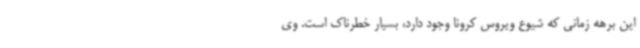
این برهه زمانی که شیوع ویروس کرونا وجود دارد، بسیار خطرناک است. وی